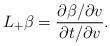
LaTeX: \begin{align*} L_+\beta=\frac{\partial \beta/\partial v}{\partial t/\partial v}.\end{align*}